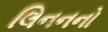
લિનનનો